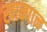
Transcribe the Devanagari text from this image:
खान्पान